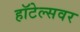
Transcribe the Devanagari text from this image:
हॉटेल्सवर